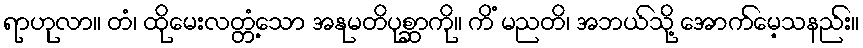
ရာဟုလာ။ တံ၊ ထိုမေးလတ္တံ့သော အနုမတိပုစ္ဆာကို။ ကိံ မညတိ၊ အဘယ်သို့ အောက်မေ့သနည်း။